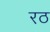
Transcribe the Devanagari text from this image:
रठ